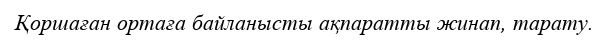
Қоршаған ортаға байланысты ақпаратты жинап, тарату.